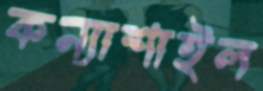
কন্যাশাইল